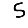
Digit: 5